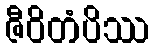
ဇီဝိတံပိဿ